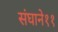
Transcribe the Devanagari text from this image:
संघाने११